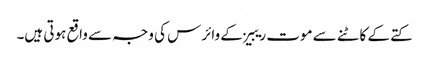
کتے کے کاٹنے سے موت ریبیز کے وائرس کی وجہ سے واقع ہوتی ہیں۔